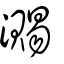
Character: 瀃